Leaving Certificate Examination (including Day School Certificate (Higher) General paper), 1933
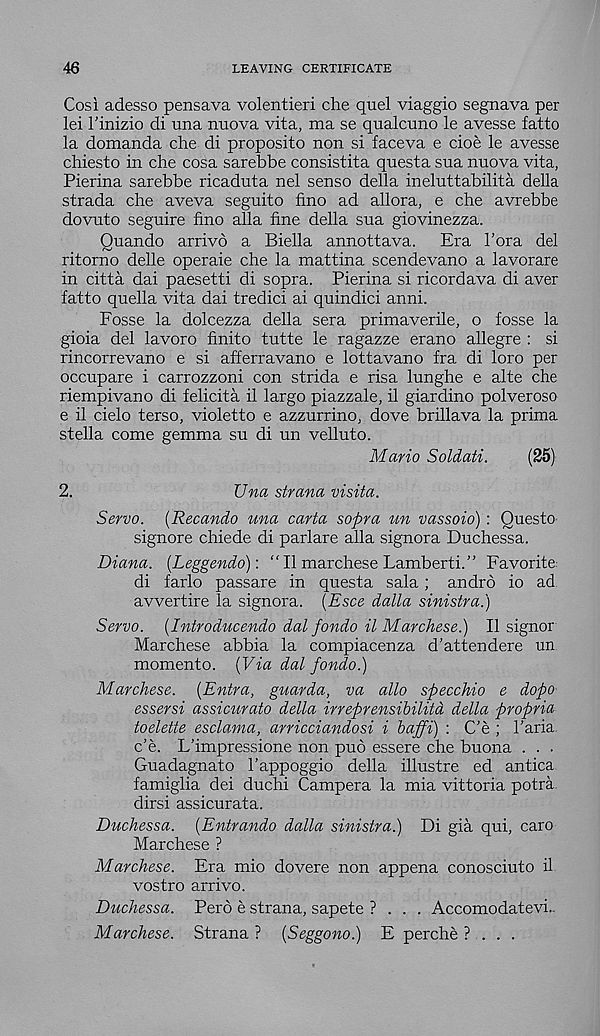
46
LEAVING CERTIFICATE
Cosi adesso pensava volentieri che quel viaggio segnava per
lei 1’inizio di una nuova vita, ma se qualcuno le avesse fatto
la domanda che di proposito non si faceva e cioe le avesse
chiesto in che cosa sarebbe consistita questa sua nuova vita,
Pierina sarebbe ricaduta nel sense della ineluttabilita della
strada che aveva seguito fino ad allora, e che avrebbe
dovuto seguire fino alia fine della sua giovinezza.
Quando arrive a Biella annottava.
Era bora del
ritorno delle operaie che la mattina scendevano a lavorare
in citta dai paesetti di sopra. Pierina si ricordava di aver
fatto quella vita dai tredici ai quindici anni.
Fosse la dolcezza della sera primaverile, o fosse la
gioia del lavoro finite tutte le ragazze erano allegre : si
rincorrevano e si afferravano e lottavano fra di loro per
occupare i carrozzoni con strida e risa lunghe e alte che
riempivano di felicita il largo piazzale, il giardino polveroso
e il cielo terso, violetto e azzurrino, dove brillava la prima
stella come gemma su di un velluto.
Mario Soldati.
(25)
2.
Una strana visita.
Servo. (Recando una carta sopra un vassoio) : Questo
signore chiede di parlare alia signora Duchessa.
Diana. (Leggendo)'. “ Il marchese Lamberti.” Favorite:
di farlo passare in questa sala; andro io ad
avvertire la signora. (Esce dalla sinistra.)
Servo. (Introducendo dal fondo il Marchese.) Il signor
Marchese abbia la compiacenza d’attendere un
momento. {Via dal fondo.)
Marchese. {Entra, guarda, va alio specchio e dopo
essersi assicurato della irreprensibilitd della propria
toelette esclama, arricciandosi i baffi) : C’e ; 1’aria.
c’e. L’impressione non pub essere che buona . . .
Guadagnato 1’appoggio della illustre ed antica
famiglia dei duchi Campera la mia vittoria potra
dirsi assicurata.
Duchessa. (Entrando dalla sinistra.) Di gia qui, caro
Marchese ?
Marchese. Era mio dovere non appena conosciuto il
vostro arrive.
Duchessa. Perb e strana, sapete ? . . . Accomodatevi..
Marchese. Strana ? (Seggono.) E perche ? . . .